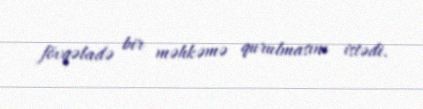
fövqəladə bir məhkəmə qurulmasını istədi.